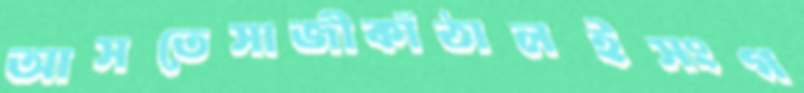
আসতেসাজীকাঁঠালইসংগ